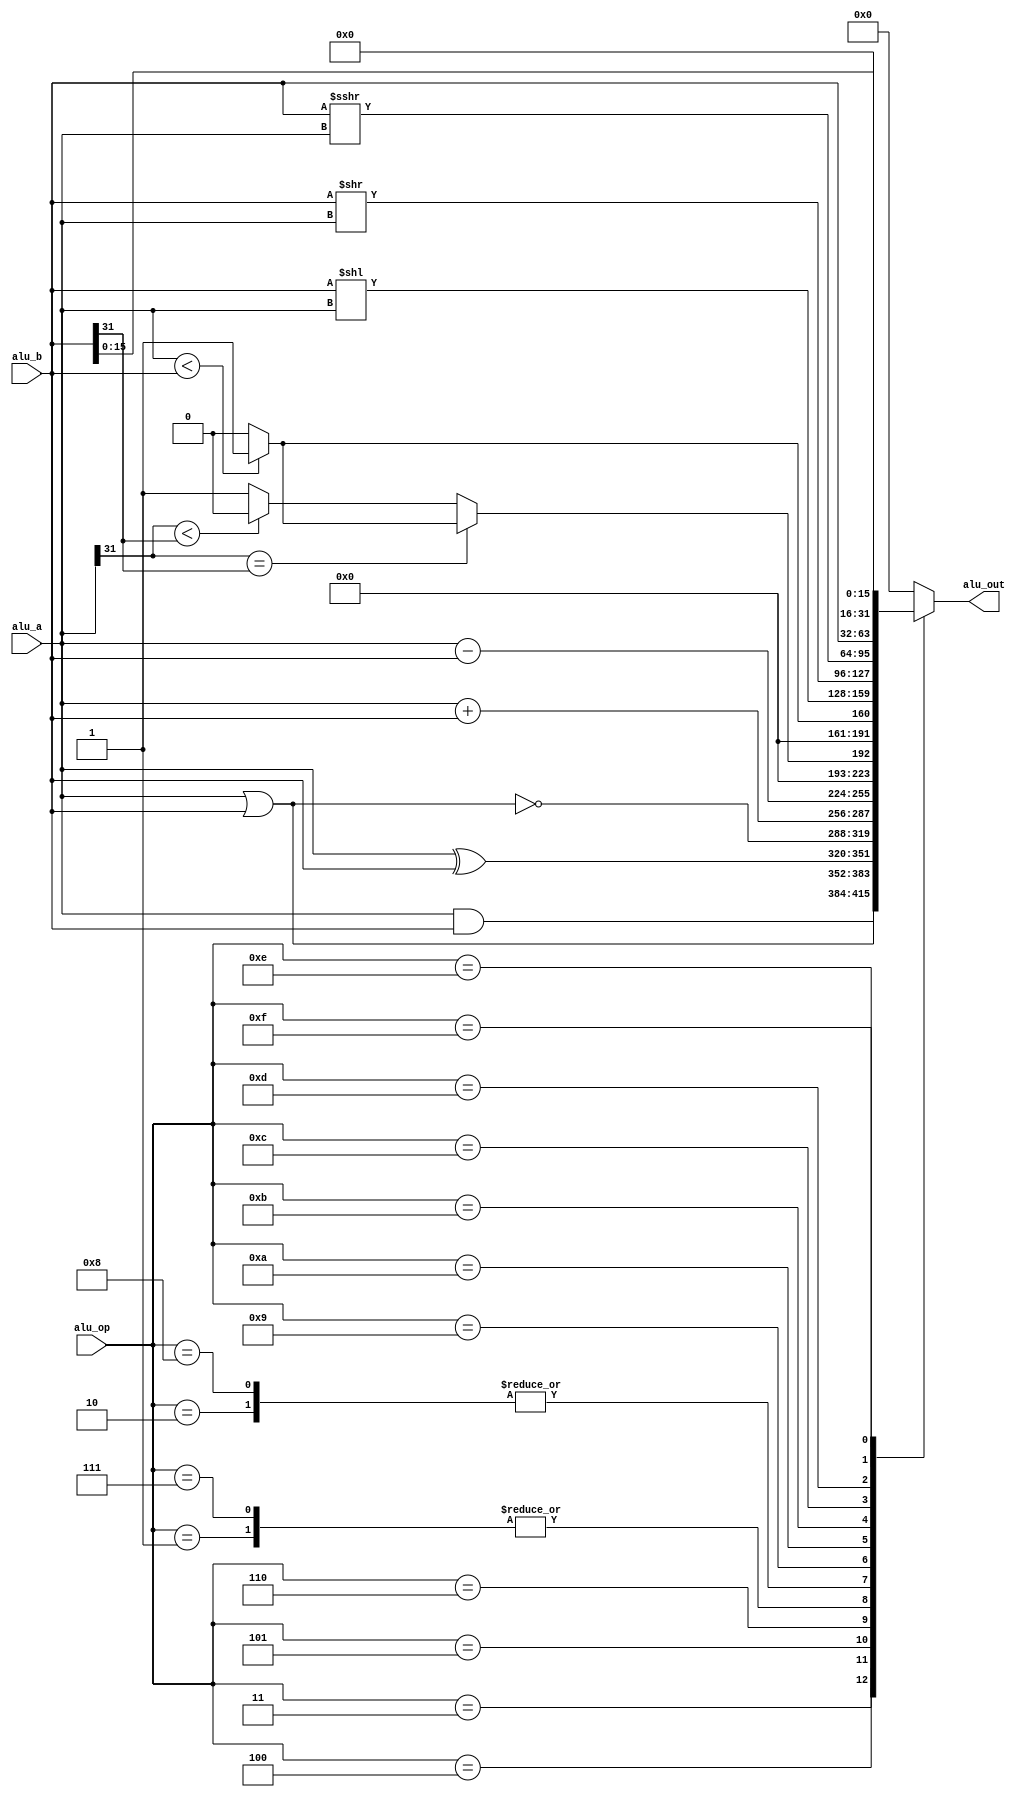
`timescale 1ns / 1ps
`define A_NOP 5'd00 //nop
`define A_ADD 5'd01 //signed_add
`define A_SUB 5'd02 //signed_sub
`define A_AND 5'd03 //and
`define A_OR  5'd04 //or
`define A_XOR 5'd05 //xor
`define A_NOR 5'd06 //nor
`define A_ADDU 5'd07 //unsigned_add
`define A_SUBU 5'd08 //unsigned_sub
`define A_SLT 5'd09 //slt
`define A_SLTU 5'd10 //unsigned_slt
`define A_SLL 5'd11 //sll
`define A_SRL 5'd12 //srl
`define A_SRA 5'd13 //sra
`define A_MOV 5'd14 //movz,movn
`define A_LUI 5'd15 //lui
//`define A_SLT2 5'd15 //slt2
module alu(
    input [31:0] alu_a,
    input [31:0] alu_b,
    input [4:0] alu_op,
    output reg [31:0] alu_out

    );
	always@(*)
		case (alu_op)
			`A_NOP: alu_out = 0;
			`A_ADD: alu_out = alu_a + alu_b;
			`A_SUB: alu_out = alu_a - alu_b;
			`A_AND: alu_out = alu_a & alu_b;
			`A_OR : alu_out = alu_a | alu_b;
			`A_XOR: alu_out = alu_a ^ alu_b;
			`A_NOR: alu_out = ~(alu_a | alu_b);
			`A_ADDU: alu_out = alu_a + alu_b;
			`A_SUBU: alu_out = alu_a - alu_b;
			`A_SLT: //a<b(signed) return 1 else return 0;
				begin
					if(alu_a[31] == alu_b[31]) alu_out = (alu_a < alu_b) ? 32'b1 : 32'b0;
					else alu_out = (alu_a[31] < alu_b[31]) ? 32'b0 : 32'b1;
				end
			`A_SLTU: alu_out = (alu_a < alu_b) ? 32'b1 : 32'b0;
			`A_SLL: alu_out = alu_b << alu_a;
			`A_SRL: alu_out = alu_b >> alu_a;
			`A_SRA: alu_out = alu_b >>> alu_a;
			`A_MOV: alu_out = alu_b;
			`A_LUI: alu_out = alu_b << 16;
			default: alu_out =0;
		endcase
endmodule